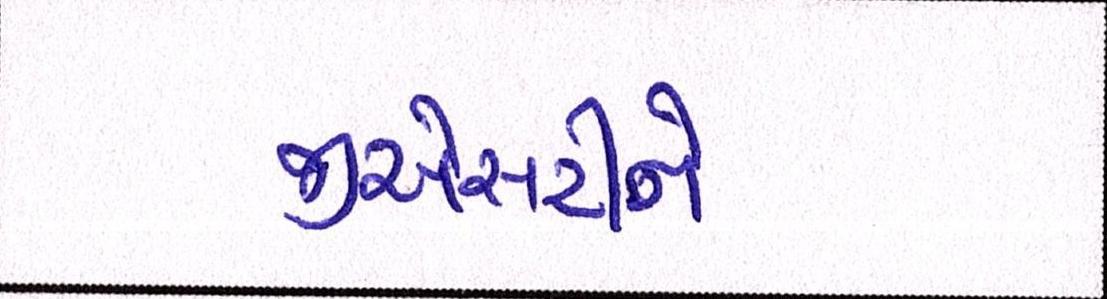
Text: જીએસટીને